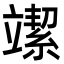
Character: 𥪲